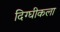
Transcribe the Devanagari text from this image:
दिग्घीकला